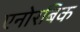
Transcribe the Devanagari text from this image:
एनोरबिक